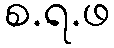
စ.ရ.ဖ